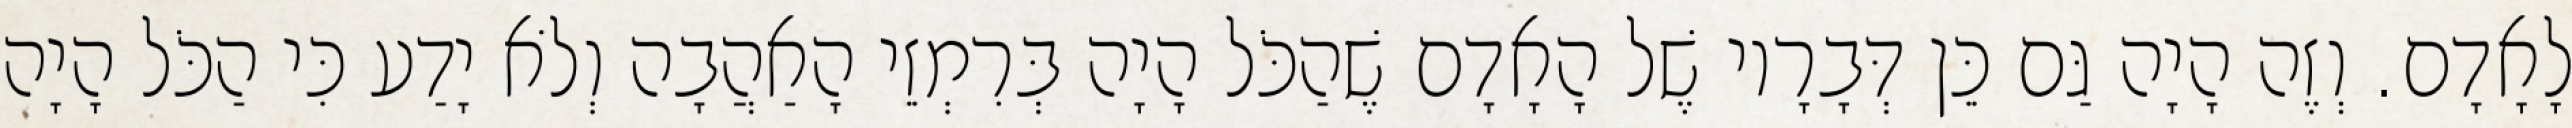
לָאָדָם. וְזֶה הָיָה גַּם כֵּן דְּבָרָיו שֶׁל הָאָדָם שֶׁהַכֹּל הָיָה בְּרִמְזֵי הָאַהֲבָה וְלֹא יָדַע כִּי הַכֹּל הָיָה